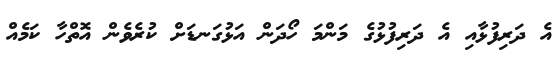
އެ ދަރިފުޅާއި އެ ދަރިފުޅުގެ މަންމަ ހޯދަން އަޅުގަނޑަށް ކުރެވެން އޮތްހާ ކަމެއް